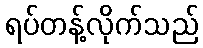
ရပ်တန့်လိုက်သည်